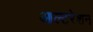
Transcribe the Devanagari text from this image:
आल्टरेशन